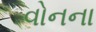
વોનના